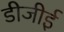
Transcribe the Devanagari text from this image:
डीजीई